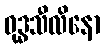
ဝုဒ္ဓသီလိနော